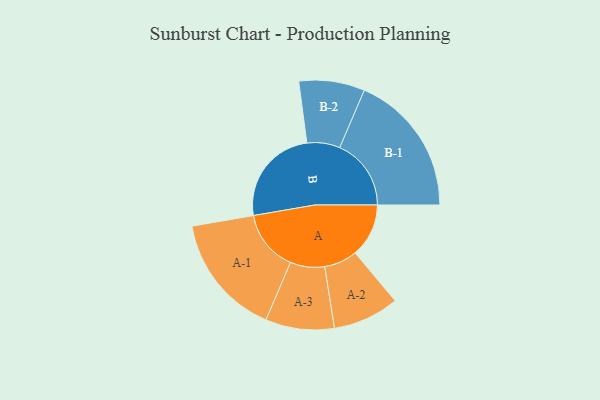
{"axis": {"x": "Segment", "y": "Value"}, "legend": ["", "A", "B"], "data": [{"x": "A", "y": 218, "type": ""}, {"x": "B", "y": 402, "type": ""}, {"x": "A-1", "y": 249, "type": "A"}, {"x": "A-2", "y": 135, "type": "A"}, {"x": "A-3", "y": 140, "type": "A"}, {"x": "B-1", "y": 291, "type": "B"}, {"x": "B-2", "y": 134, "type": "B"}]}